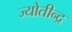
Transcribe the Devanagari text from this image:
ज्योतीन्द्र